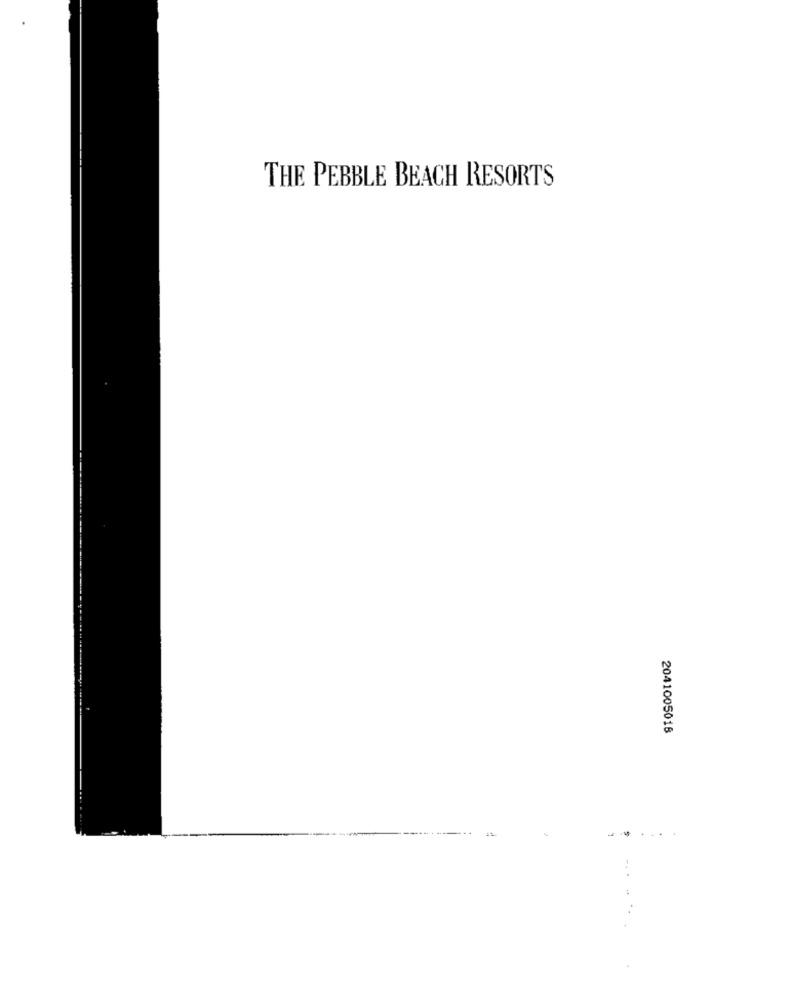
THE PEBBLE BEACH RESORTS
2041005018